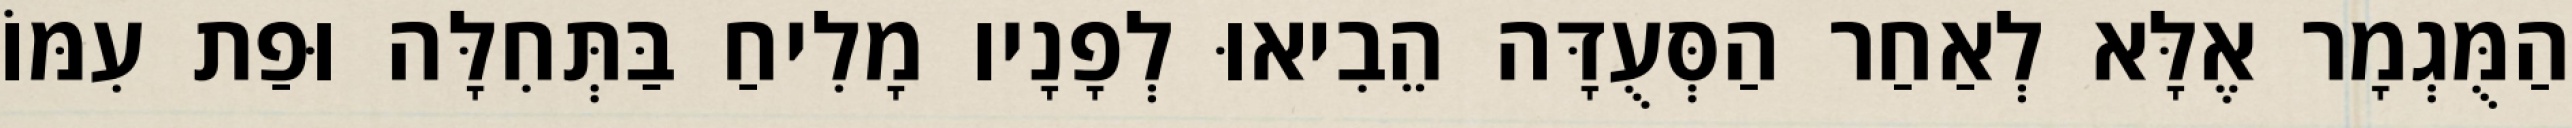
הַמֻּגְמָר אֶלָּא לְאַחַר הַסְּעֻדָּה הֵבִיאוּ לְפָנָיו מָלִיחַ בַּתְּחִלָּה וּפַת עִמּוֹ